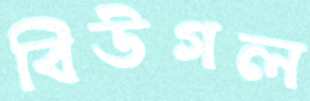
বিউগল